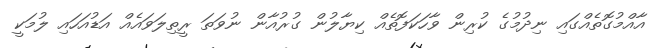
އާއްމުގޮތެއްގައި ނިދުމުގެ ކުރިން ވާހަކަފޮތެއް ކިޔާލުން ގުރުއާން ނުވަތަ ރީތިލަވައެއް އަޑުއަހައި ލުމަކީ